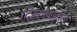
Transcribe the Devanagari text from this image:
दिसण्यातील